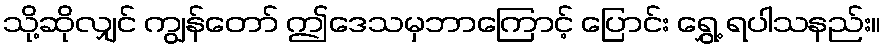
သို့ဆိုလျှင် ကျွန်တော် ဤဒေသမှဘာကြောင့် ပြောင်း ရွှေ့ ရပါသနည်း။